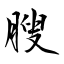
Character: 膄